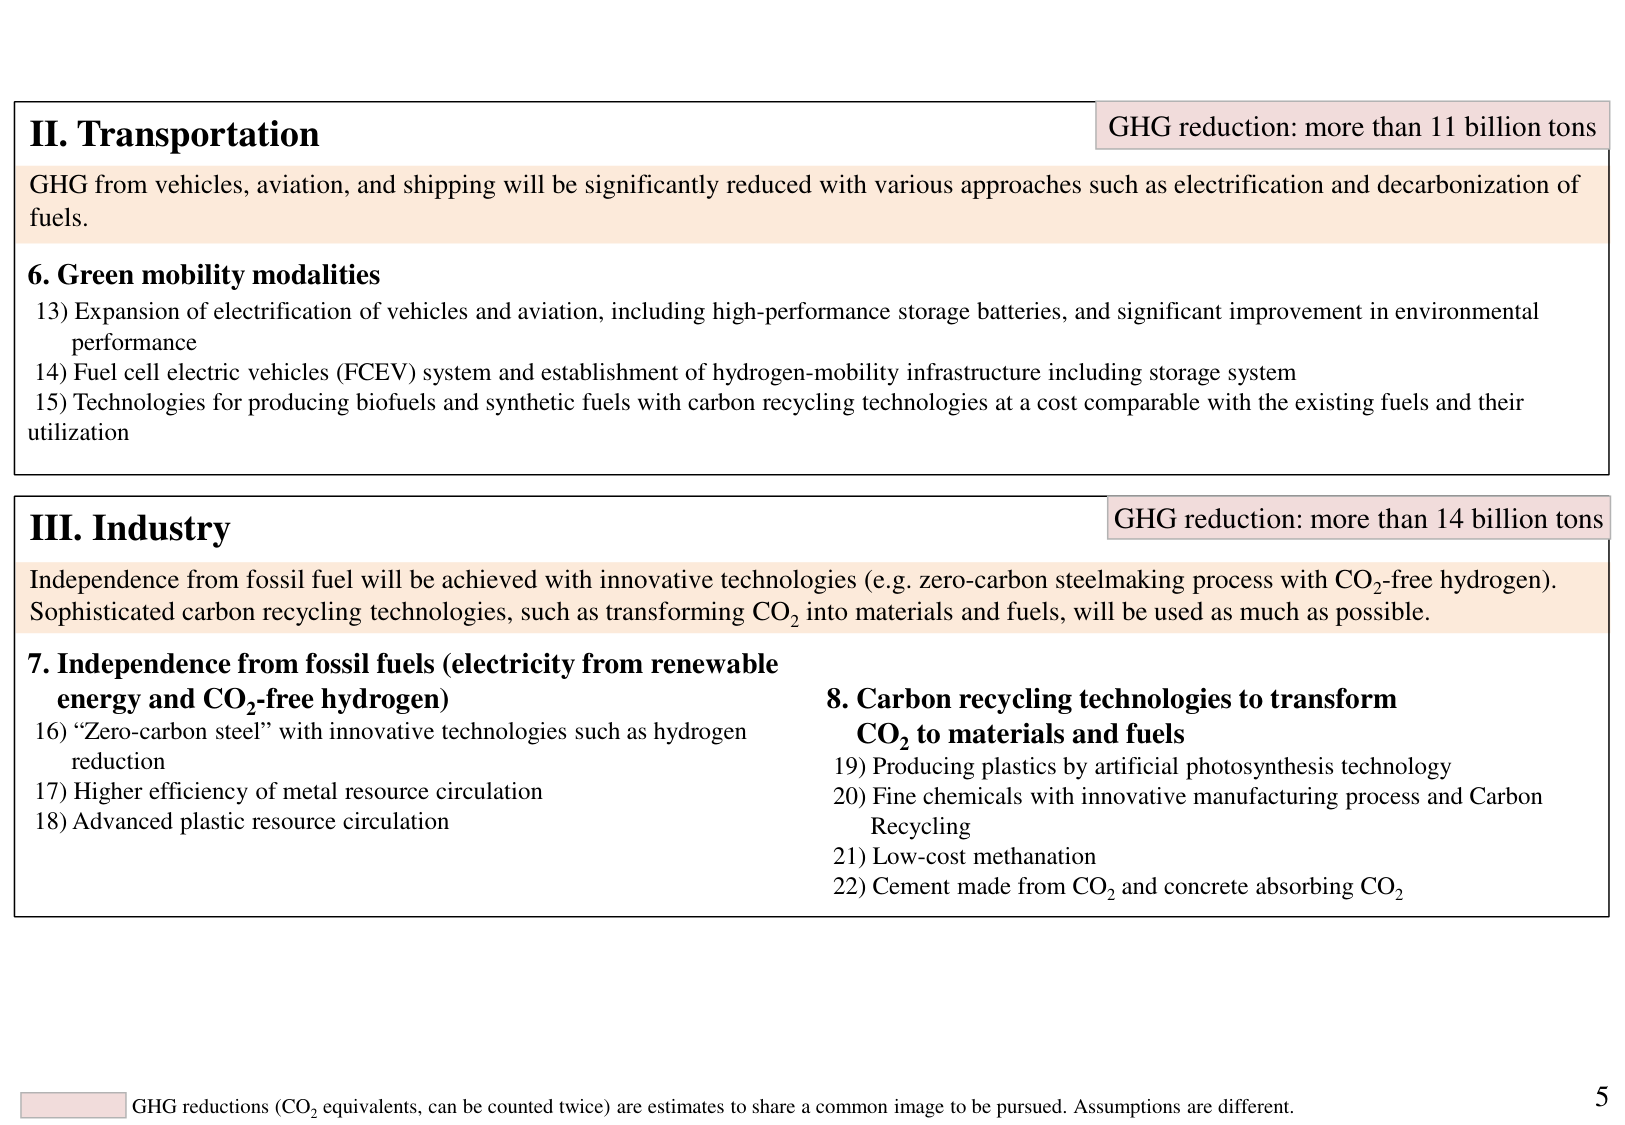
II. Transportation
GHG reduction: more than 11 billion tons
GHG from vehicles, aviation, and shipping will be significantly reduced with various approaches such as electrification and decarbonization of fuels.

6. Green mobility modalities
13) Expansion of electrification of vehicles and aviation, including high-performance storage batteries, and significant improvement in environmental performance
14) Fuel cell electric vehicles (FCEV) system and establishment of hydrogen-mobility infrastructure including storage system
15) Technologies for producing biofuels and synthetic fuels with carbon recycling technologies at a cost comparable with the existing fuels and their utilization

III. Industry
GHG reduction: more than 14 billion tons
Independence from fossil fuel will be achieved with innovative technologies (e.g. zero-carbon steelmaking process with CO₂-free hydrogen). Sophisticated carbon recycling technologies, such as transforming CO₂ into materials and fuels, will be used as much as possible.

7. Independence from fossil fuels (electricity from renewable energy and CO₂-free hydrogen)
16) “Zero-carbon steel” with innovative technologies such as hydrogen reduction
17) Higher efficiency of metal resource circulation
18) Advanced plastic resource circulation

8. Carbon recycling technologies to transform CO₂ to materials and fuels
19) Producing plastics by artificial photosynthesis technology
20) Fine chemicals with innovative manufacturing process and Carbon Recycling
21) Low-cost methanation
22) Cement made from CO₂ and concrete absorbing CO₂

GHG reductions (CO₂ equivalents, can be counted twice) are estimates to share a common image to be pursued. Assumptions are different.
5